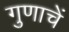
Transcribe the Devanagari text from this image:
गुणाचें